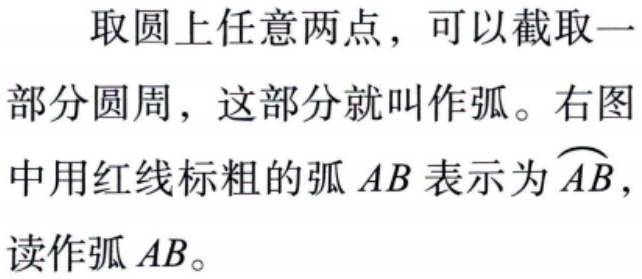
取圆上任意两点，可以截取一部分圆周，这部分就叫作弧。右图中用红线标粗的弧 \(AB\) 表示为 \(\overset{\frown}{AB}\)，读作弧 \(AB\)。